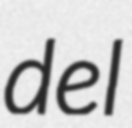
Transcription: del